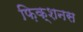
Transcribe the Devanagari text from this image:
फ़िक्शनस